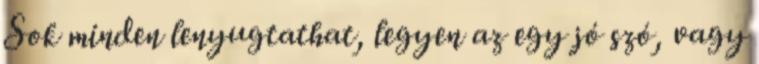
Sok minden lenyugtathat, legyen az egy jó szó, vagy